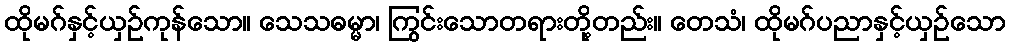
ထိုမဂ်နှင့်ယှဉ်ကုန်သော။ သေသဓမ္မာ၊ ကြွင်းသောတရားတို့တည်း။ တေသံ၊ ထိုမဂ်ပညာနှင့်ယှဉ်သော